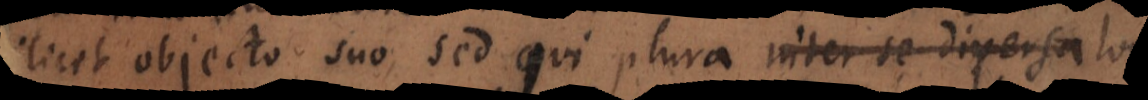
licet objecto suo, sed qui plura inter se diversa lon